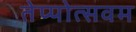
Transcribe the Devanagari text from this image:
तेप्पोत्सवम